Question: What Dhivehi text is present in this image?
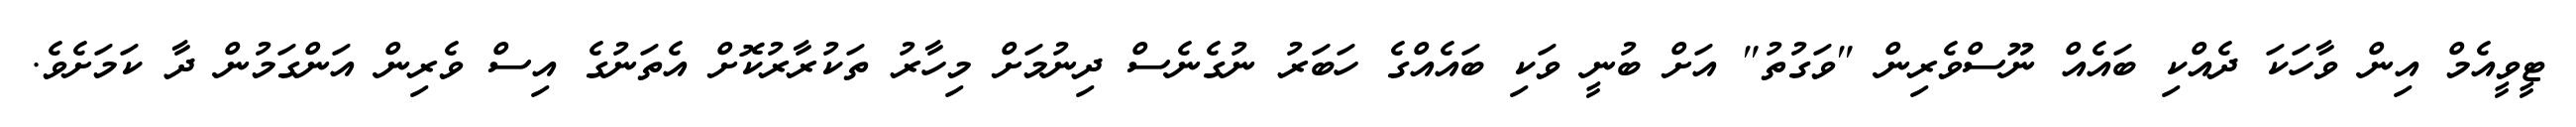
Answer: ޓީވީއެމް އިން ވާހަކަ ދެއްކި ބައެއް ނޫސްވެރިން "ވަގުތު" އަށް ބުނީ ވަކި ބައެއްގެ ހަބަރު ނުގެނެސް ދިނުމަށް މިހާރު ތަކުރާރުކޮށް އެތަނުގެ އިސް ވެރިން އަންގަމުން ދާ ކަމަށެވެ.